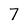
Character: 7